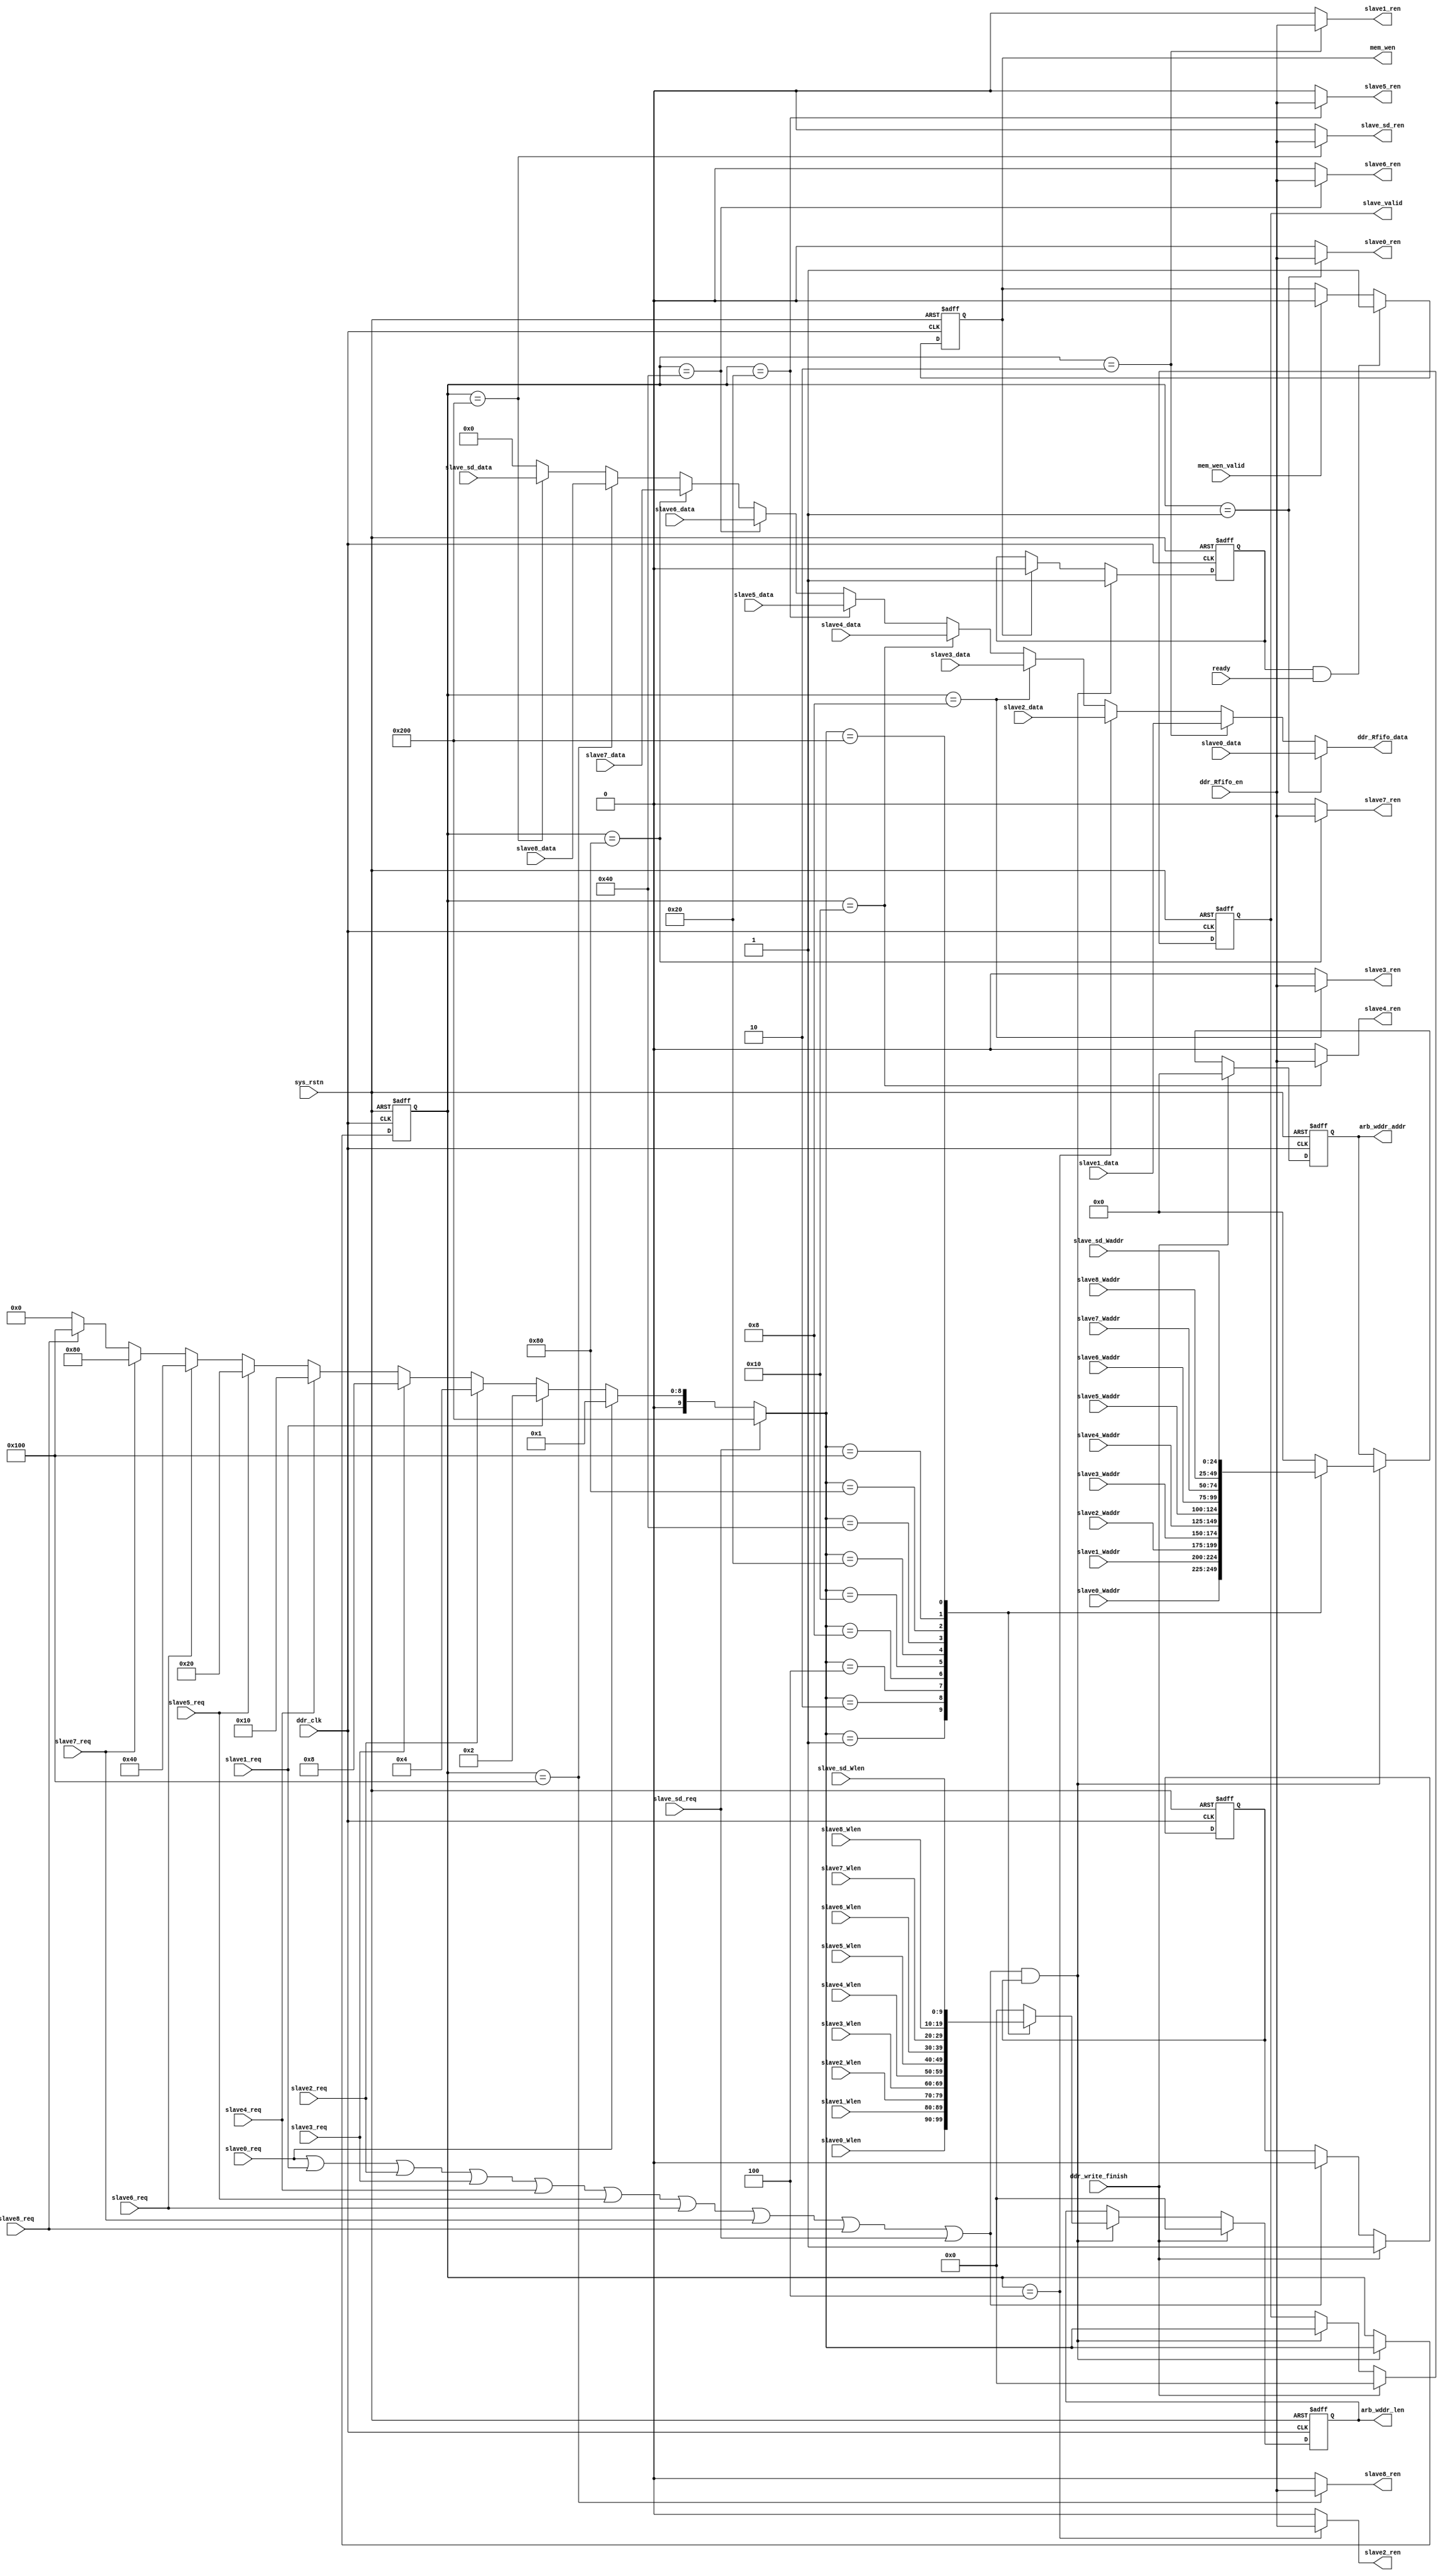
module arbitrate_ctrl 
#(
    parameter slave_num = 4'd4
)
(
    input wire            ddr_clk          ,
    input wire            sys_rstn         ,
    output reg  [9: 0]    slave_valid      ,
//slave0
    input  wire           slave0_req       ,
    input  wire [24: 0]   slave0_Waddr     ,
    input  wire [9: 0]    slave0_Wlen      ,
    input  wire [31: 0]   slave0_data      ,
    output wire           slave0_ren       ,
//slave1
    input  wire           slave1_req       ,
    input  wire [24: 0]   slave1_Waddr     ,
    input  wire [9: 0]    slave1_Wlen      ,
    input  wire [31: 0]   slave1_data      ,
    output wire           slave1_ren       ,
//slave2
    input  wire           slave2_req       ,
    input  wire [24: 0]   slave2_Waddr     ,
    input  wire [9: 0]    slave2_Wlen      ,
    input  wire [31: 0]   slave2_data      ,
    output wire           slave2_ren       ,
//slave3
    input  wire           slave3_req       ,
    input  wire [24: 0]   slave3_Waddr     ,
    input  wire [9: 0]    slave3_Wlen      ,
    input  wire [31: 0]   slave3_data      ,
    output wire           slave3_ren       ,
//slave4
    input  wire           slave4_req       ,
    input  wire [24: 0]   slave4_Waddr     ,
    input  wire [9: 0]    slave4_Wlen      ,
    input  wire [31: 0]   slave4_data      ,
    output wire           slave4_ren       ,
//slave5
    input  wire           slave5_req       ,
    input  wire [24: 0]   slave5_Waddr     ,
    input  wire [9: 0]    slave5_Wlen      ,
    input  wire [31: 0]   slave5_data      ,
    output wire           slave5_ren       ,
//slave6
    input  wire           slave6_req       ,
    input  wire [24: 0]   slave6_Waddr     ,
    input  wire [9: 0]    slave6_Wlen      ,
    input  wire [31: 0]   slave6_data      ,
    output wire           slave6_ren       ,
//slave7
    input  wire           slave7_req       ,
    input  wire [24: 0]   slave7_Waddr     ,
    input  wire [9: 0]    slave7_Wlen      ,
    input  wire [31: 0]   slave7_data      ,
    output wire           slave7_ren       ,
//slave8
    input  wire           slave8_req       ,
    input  wire [24: 0]   slave8_Waddr     ,
    input  wire [9: 0]    slave8_Wlen      ,
    input  wire [31: 0]   slave8_data      ,
    output wire           slave8_ren       ,
//slave_Sd
    input  wire           slave_sd_req     ,
    input  wire [24: 0]   slave_sd_Waddr   ,
    input  wire [9: 0]    slave_sd_Wlen    ,
    input  wire [31: 0]   slave_sd_data    ,
    output wire           slave_sd_ren     ,
//from ddr_wr_crtl       
    input wire            ready            ,
    input wire            ddr_write_finish ,
//to ddr_wrctrl
    output reg  [24: 0]   arb_wddr_addr    ,
    output reg  [9: 0]    arb_wddr_len     ,
    input  wire           ddr_Rfifo_en     ,
    output wire [31: 0]   ddr_Rfifo_data   ,
    output reg            mem_wen          ,
    input  wire           mem_wen_valid    
);
    
reg  [9:0]    sellect_num    ;
reg           arbitrate_ready;                           //arbitrate is ready for request from slave 0-3
reg           mem_wen_exact  ; 
wire [9:0]    primary_num    ;
wire          slave_req_flag ; 

always @(posedge ddr_clk or negedge sys_rstn) begin
    if (!sys_rstn) begin
        sellect_num <= 'd0;
    end 
    else if (slave_req_flag && arbitrate_ready) begin
        sellect_num <= primary_num ;
    end
end 
always @(posedge ddr_clk or negedge sys_rstn) begin
    if (!sys_rstn ) begin
        arbitrate_ready <= 1'b1;
    end 
    else if (ddr_write_finish) begin
        arbitrate_ready <= 1'b1;
    end 
    else if (slave_req_flag) begin
        arbitrate_ready <= 1'b0;
    end 
    else begin
        arbitrate_ready <= arbitrate_ready ;
    end
end 
always @(posedge ddr_clk or negedge sys_rstn) begin
    if (!sys_rstn) begin
        slave_valid <= 'd0 ;
    end 
    else if (ddr_write_finish) begin
        slave_valid <= 'd0 ;
    end
    else if (slave_req_flag && arbitrate_ready) begin
        slave_valid <= primary_num ;
    end 
end 
// arb_wddr_addr
always @(posedge ddr_clk or negedge sys_rstn) begin
    if (!sys_rstn ) begin
        arb_wddr_addr <= 25'd0;
    end 
    else if (ddr_write_finish) begin
        arb_wddr_addr <= 25'd0;
    end 
    else if (slave_req_flag && arbitrate_ready) begin
        case (primary_num)
            10'd1: begin
                arb_wddr_addr <= slave0_Waddr[24:0] ;
            end 
            10'd2:begin 
                arb_wddr_addr <= slave1_Waddr[24:0] ;
            end 
            10'd4:begin 
                arb_wddr_addr <= slave2_Waddr[24:0] ;
            end 
            10'd8:begin 
                arb_wddr_addr <= slave3_Waddr[24:0] ;
            end 
            10'd16:begin 
                arb_wddr_addr <= slave4_Waddr[24:0] ;
            end 
            10'd32:begin 
                arb_wddr_addr <= slave5_Waddr[24:0] ;
            end 
            10'd64:begin 
                arb_wddr_addr <= slave6_Waddr[24:0] ;
            end 
            10'd128:begin 
                arb_wddr_addr <= slave7_Waddr[24:0] ;
            end 
            10'd256:begin 
                arb_wddr_addr <= slave8_Waddr[24:0] ;
            end 
            10'd512:begin 
                arb_wddr_addr <= slave_sd_Waddr[24:0] ;
            end 
            default: begin
                arb_wddr_addr <= 25'd0;
            end
        endcase
    end
end 
always @(posedge ddr_clk or negedge sys_rstn) begin
    if (!sys_rstn ) begin
        arb_wddr_len <= 10'd0;
    end 
    else if (ddr_write_finish) begin
        arb_wddr_len <= 10'd0;
    end 
    else if (slave_req_flag && arbitrate_ready) begin
        case (primary_num)
            10'd1: begin
                arb_wddr_len <= slave0_Wlen ;
            end 
            10'd2:begin 
                arb_wddr_len <= slave1_Wlen ;
            end 
            10'd4:begin 
                arb_wddr_len <= slave2_Wlen ;
            end 
            10'd8:begin 
                arb_wddr_len <= slave3_Wlen ;
            end 
            10'd16:begin 
                arb_wddr_len <= slave4_Wlen ;
            end 
            10'd32:begin 
                arb_wddr_len <= slave5_Wlen ;
            end 
            10'd64:begin 
                arb_wddr_len <= slave6_Wlen ;
            end 
            10'd128:begin 
                arb_wddr_len <= slave7_Wlen;
            end 
            10'd256:begin 
                arb_wddr_len <= slave8_Wlen;
            end 
            10'd512:begin 
                arb_wddr_len <= slave_sd_Wlen;
            end 
            default: begin
                arb_wddr_len <= 10'd0;
            end
        endcase
    end
end 

//w_ddr unity
always @(posedge ddr_clk or negedge sys_rstn) begin
    if (!sys_rstn) begin
        mem_wen_exact <= 1'b0;
    end 
    else if (slave_req_flag&&arbitrate_ready) begin
        mem_wen_exact <= 1'b1;
    end 
    else if(mem_wen)begin
        mem_wen_exact <= 1'b0;
    end 
    else begin 
        mem_wen_exact <= mem_wen_exact ;
    end
end

always @(posedge ddr_clk or negedge sys_rstn) begin
    if (!sys_rstn) begin
        mem_wen <= 1'b0;
    end 
    else if (mem_wen_exact && ready) begin
        mem_wen <= 1'b1;
    end 
    else if (mem_wen_valid)begin 
        mem_wen <= 1'b0 ;
    end
    else begin 
        mem_wen <= mem_wen ;
    end 
end

assign slave_req_flag = slave0_req || slave1_req || slave2_req || slave3_req || slave4_req || slave5_req || slave6_req || slave7_req || slave8_req ||slave_sd_req ;
//assign primary_num = slave0_req ? 4'd1:(slave1_req ? 4'd2:(slave2_req ? 4'd4 : (slave3_req ? 4'd8:4'd0)));
assign primary_num  = slave_sd_req ? 10'd512 :
                       (slave0_req ? 10'd1   :
                       (slave1_req ? 10'd2   : 
                       (slave2_req ? 10'd4   :
                       (slave3_req ? 10'd8   :
                       (slave4_req ? 10'd16  :
                       (slave5_req ? 10'd32  :
                       (slave6_req ? 10'd64  :
                       (slave7_req ? 10'd128 :
                       (slave8_req ? 10'd256 :10'd0)))))))));


assign slave0_ren   = (sellect_num == 10'd1  )  ? ddr_Rfifo_en :1'b0;
assign slave1_ren   = (sellect_num == 10'd2  )  ? ddr_Rfifo_en :1'b0;
assign slave2_ren   = (sellect_num == 10'd4  )  ? ddr_Rfifo_en :1'b0;
assign slave3_ren   = (sellect_num == 10'd8  )  ? ddr_Rfifo_en :1'b0;
assign slave4_ren   = (sellect_num == 10'd16 )  ? ddr_Rfifo_en :1'b0;
assign slave5_ren   = (sellect_num == 10'd32 )  ? ddr_Rfifo_en :1'b0;
assign slave6_ren   = (sellect_num == 10'd64 )  ? ddr_Rfifo_en :1'b0;
assign slave7_ren   = (sellect_num == 10'd128)  ? ddr_Rfifo_en :1'b0;
assign slave8_ren   = (sellect_num == 10'd256)  ? ddr_Rfifo_en :1'b0;
assign slave_sd_ren = (sellect_num == 10'd512)  ? ddr_Rfifo_en :1'b0;

assign ddr_Rfifo_data = (sellect_num == 10'd1  ) ? slave0_data :(
                        (sellect_num == 10'd2  ) ? slave1_data :(
                        (sellect_num == 10'd4  ) ? slave2_data :(
                        (sellect_num == 10'd8  ) ? slave3_data :(
                        (sellect_num == 10'd16 ) ? slave4_data :(
                        (sellect_num == 10'd32 ) ? slave5_data :(
                        (sellect_num == 10'd64 ) ? slave6_data :(
                        (sellect_num == 10'd128) ? slave7_data :(
                        (sellect_num == 10'd256) ? slave8_data :(
                        (sellect_num == 10'd512) ? slave_sd_data : 32'b0
                        )))))))));

endmodule